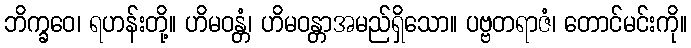
ဘိက္ခဝေ၊ ရဟန်းတို့။ ဟိမဝန္တံ၊ ဟိမဝန္တာအမည်ရှိသော။ ပဗ္ဗတရာဇံ၊ တောင်မင်းကို။